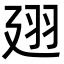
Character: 𢌟